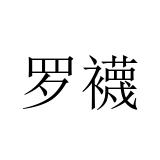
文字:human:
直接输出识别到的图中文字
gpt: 罗襪